Lunatic asylums Punjab 1895-1910 - 1895-1910
Year: 1895
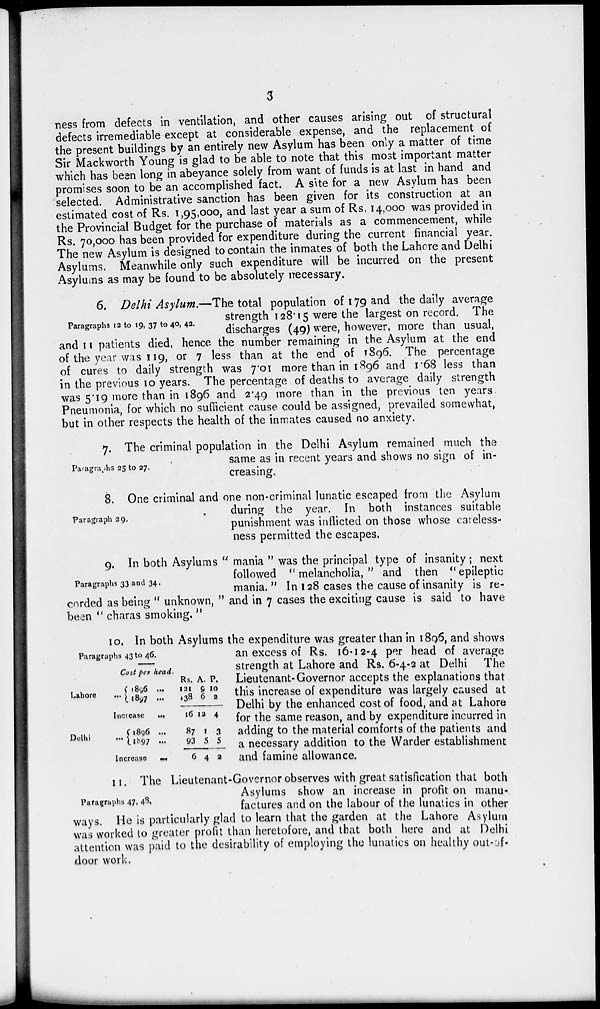
3
ness from defects in ventilation, and other causes arising out of structural
defects irremediable except at considerable expense, and the replacement of
the present buildings by an entirely new Asylum has been only a matter of time
Sir Mackworth Young is glad to be able to note that this most important matter
which has been long in abeyance solely from want of funds is at last in hand and
promises soon to be an accomplished fact. A site for a new Asylum has been
selected. Administrative sanction has been given for its construction at an
estimated cost of Rs. 1,95,000, and last year a sum of Rs. 14,000 was provided in
the Provincial Budget for the purchase of materials as a commencement, while
Rs. 70,000 has been provided for expenditure during the current financial year.
The new Asylum is designed to contain the inmates of both the Lahore and Delhi
Asylums. Meanwhile only such expenditure will be incurred on the. present
Asylums as may be found to be absolutely necessary.
Paragraphs 12 to 19, 37 to 40, 42.
6. Delhi Asylum.—The total population of 179 and the daily average
strength 128.15 were the largest on record. The
discharges (49) were, however, more than usual,
and 11 patients died, hence the number remaining in the Asylum at the end
of the year was 119, or 7 less than at the end of 1896. The percentage
of cures to daily strength was 7.01 more than in 1896 and 1.68 less than
in the previous 10 years. The percentage of deaths to average daily strength
was 5.19 more than in 1896 and 2.49 more than in the previous ten years
Pneumonia, for which no sufficient cause could be assigned, prevailed somewhat,
but in other respects the health of the inmates caused no anxiety.
Paragraphs 25 to 27.
7. The criminal population in the Delhi Asylum remained much the
same as in recent years and shows no sign of in-
creasing.
Paragraph 29.
8. One criminal and one non-criminal lunatic escaped from the Asylum
during the year. In both instances suitable
punishment was inflicted on those whose careless-
ness permitted the escapes.
Paragraphs 33 and 34.
9. In both Asylums " mania " was the principal type of insanity; next
followed " melancholia, " and then " epileptic
mania. " In 128 cases the cause of insanity is re-
corded as being " unknown, " and in 7 cases the exciting cause is said to have
been " charas smoking."
Paragraphs 43 to 46.
Cost per head,
Lahore ...
Delhi...
1896
...
1897
...
Increase ...
1896 ...
1897
...
Increase ...
Rs.
121
138
16
87
93
6
A.
9
6
12
1
5
4
P.
10
2
4
3
5
2
10. In both Asylums the expenditure was greater than in 1896, and shows
an excess of Rs. 16-12-4 per head of average
strength at Lahore and Rs. 6-4-2 at Delhi The
Lieutenant-Governor accepts the explanations that
this increase of expenditure was largely caused at
Delhi by the enhanced cost of food, and at Lahore
for the same reason, and by expenditure incurred in
adding to the material comforts of the patients and
a necessary addition to the Warder establishment
and famine allowance.
Paragraphs 47, 48.
11. The Lieutenant-Governor observes with great satisfication that both
Asylums show an increase in profit on manu-.
factures and on the labour of the lunatics in other
ways. He is particularly glad to learn that the garden at the Lahore Asylum
was worked to greater profit than heretofore, and that both here and at Delhi
attention was paid to the desirability of employing the lunatics on healthy out-of
door work.